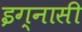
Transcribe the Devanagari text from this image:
इग्नासी